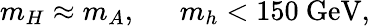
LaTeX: m_{H}\approx m_{A},~~\quad m_{h}<150~\mathrm{GeV},